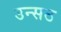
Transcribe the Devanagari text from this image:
उन्सठ